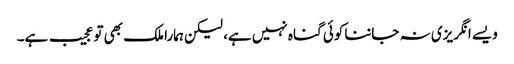
ویسے انگریزی نہ جاننا کوئی گناہ نہیں ہے، لیکن ہمارا ملک بھی تو عجیب ہے۔